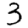
Digit: 3